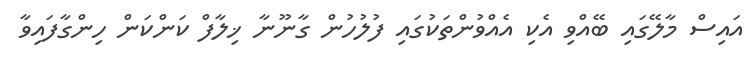
އައިސް މާލޭގައި ބޭއްވި އެކި އެއްވުންތަކުގައި ފުލުހުން ގާނޫނާ ޚިލާފް ކަންކަން ހިންގާފައިވާ